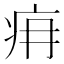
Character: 𤴿